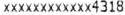
XXXXXXXXXXXX4318